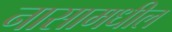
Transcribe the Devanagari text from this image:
नासामधील